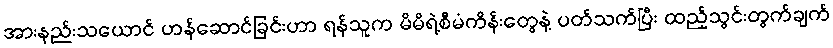
အားနည်းသယောင် ဟန်ဆောင်ခြင်းဟာ ရန်သူက မိမိရဲ့စီမံကိန်းတွေနဲ့ ပတ်သက်ပြီး ထည့်သွင်းတွက်ချက်